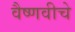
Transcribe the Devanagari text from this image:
वैष्णवीचे